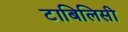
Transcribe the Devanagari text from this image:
टाबिलिसी